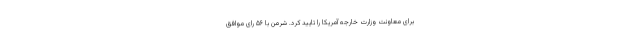
برای معاونت وزارت خارجه آمریکا را تأیید کرد. شرمن با ۵۶ رأی موافق